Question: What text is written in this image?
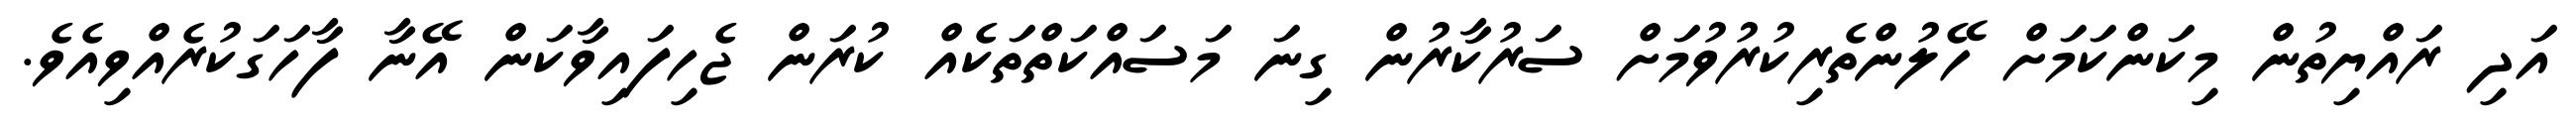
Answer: އަދި ރައްޔިތުން މިކަންކަމަށް ހޭލުންތެރިކުރުވުމަށް ސަރުކާރުން ގިނަ މަސައްކަތްތަކެއް ކުރަން ޖެހިފައިވާކަން އޭނާ ފާހަގަކުރެއްވިއެވެ.